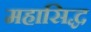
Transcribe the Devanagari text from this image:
महासिद्ध